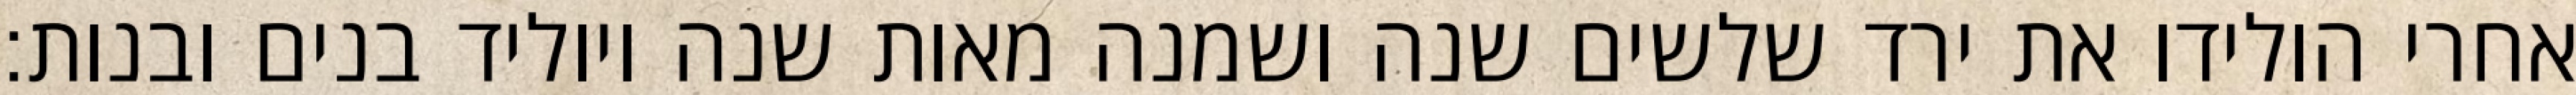
אחרי הולידו את ירד שלשים שנה ושמנה מאות שנה ויוליד בנים ובנות׃